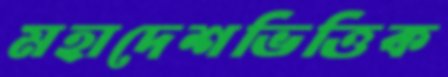
মহাদেশভিত্তিক